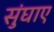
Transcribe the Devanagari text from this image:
सुंघाए